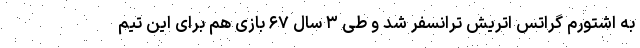
به اشتورم گراتس اتریش ترانسفر شد و طی ۳ سال ۶۷ بازی هم برای این تیم